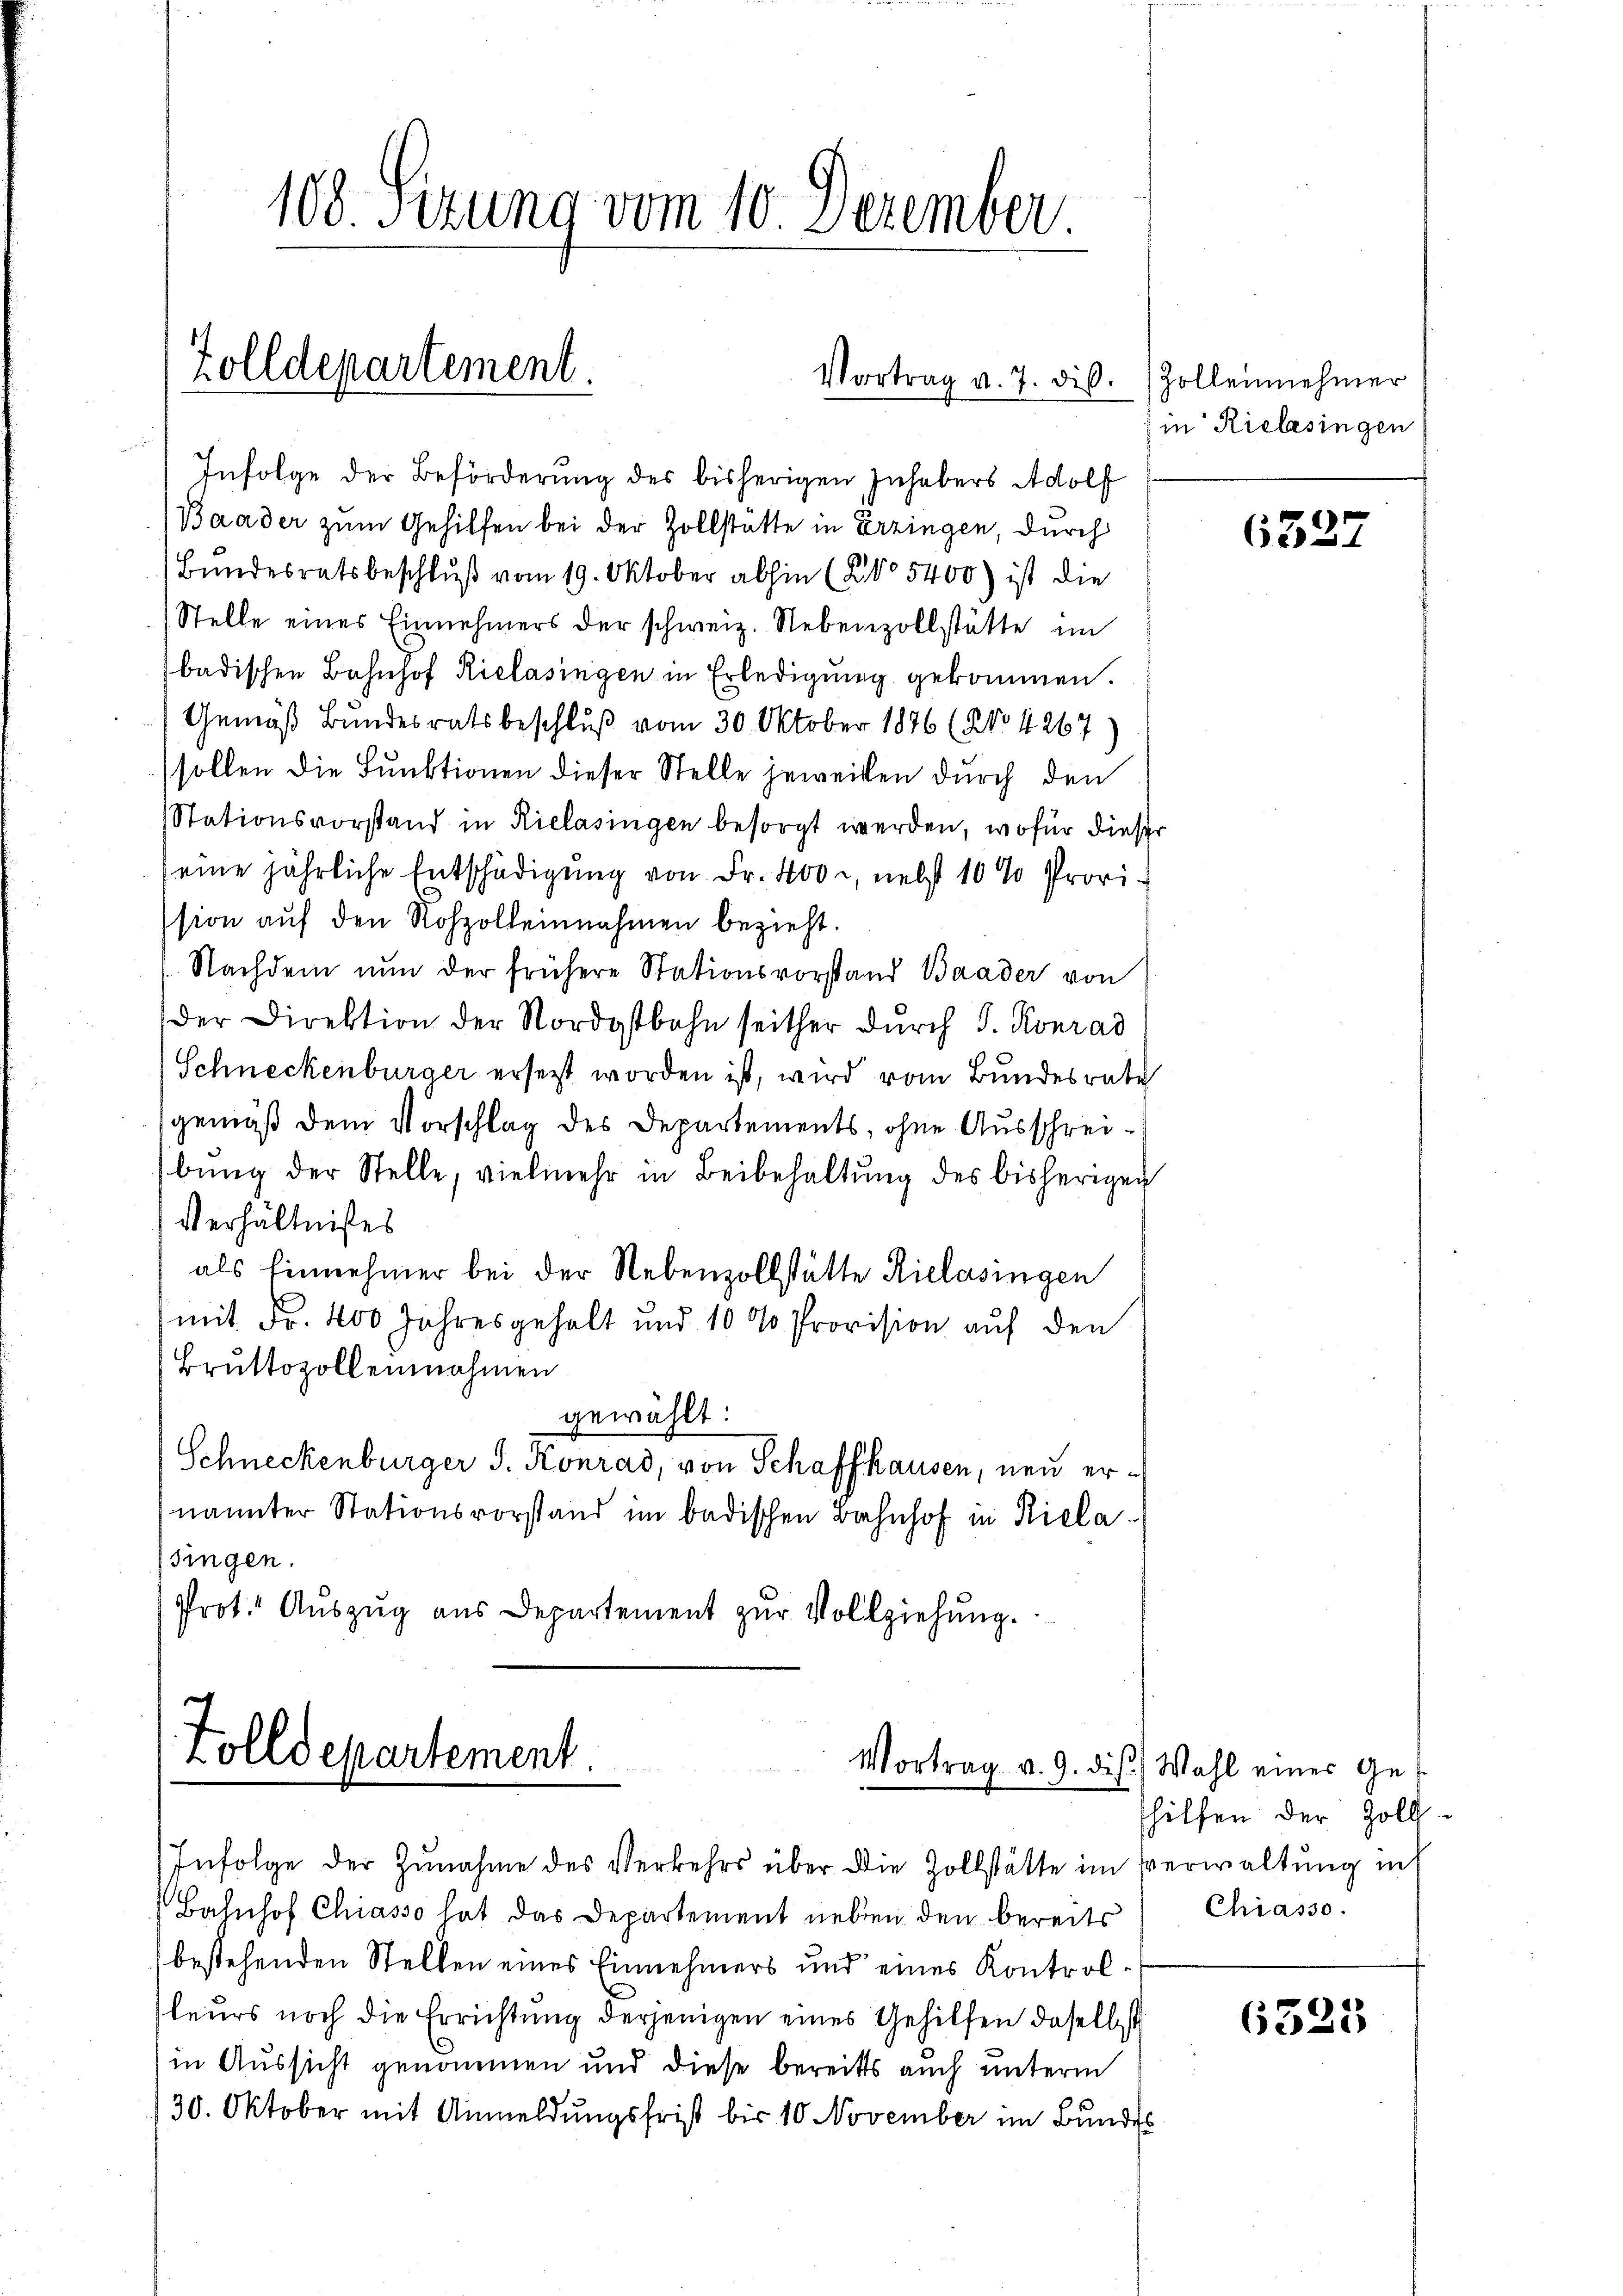
Zolldepartement.

108. Sizung vom 10. Dezember.

Infolge der Beförderung des bisherigen Inhabers Adolf
Baader zum Gehilfen bei der Zollstatte in Erzingen, durch
Bundesratsbeschluß vom 19. Oktober abhin (Ko 5400) ist die
Stelle eines Einnehmers der schweiz. Nebenzollstätte im
badischen Bahnhof Riclasingen in Erledigung gekommen.
Gemäß Bundesratsbeschluß vom 30. Oktober 1896 (NNo 1267
sollen die Funktionen dieser Stelle jeweilen durch den
Stationsvorstand in Rielasingen besorgt werden, wofür dieser
seine jährliche Entschädigung von Fr. 400, nebst 10 % Provision auf den Rohzolleinnahmen bezieht.
Nachdem nun der frühere Stationsvorstand Baader von
der Direktion der Nordostbahn seither dŭrch S. Konrad
Schneckenburger ersetzt worden ist, wird vom Bundesrate
gemäß dem Vorschlag des Departements, ohne Ausschreibung der Stelle, vielmehr in Beibehaltung des bisherigen
Verhältnißes
als Einnehmer bei der Nebenzollstätte Kielasingen
mit Fr. 400 Jahresgehalt und 1000 Provision auf den
Bruttozoll einnahmen
gewählt:
Schneckenburger J. Konrad, von Schaffhausen, neu ernannter Stationsvorstand im badischen Bahnhof in Kielasingen.
Prot. Aŭszŭg aŭs Departement zŭr Vollziehung.

Vortrag v. 7. dis.

Bahnhof Chiasso hat das Departement neben den bereits
bestehenden Stellen eines Einnehmers und eines Kontrolleurs noch die Errichtung derjenigen eines Gehilfen daselbst
in Aussicht genommen und diese bereits auch unterm
30. Oktober mit Anmeldungsfrist bis 10 November im Bundes

Zolldepartement.
Vortrag v. 9. die Wahl einer Ge¬

Infolge der Zunahme des Verkehrs über die Zollstätte im Verwaltung in

Zolleinehmer
in Riebesingen

6327

hilfen der Zoll¬
Chiasso.

6323